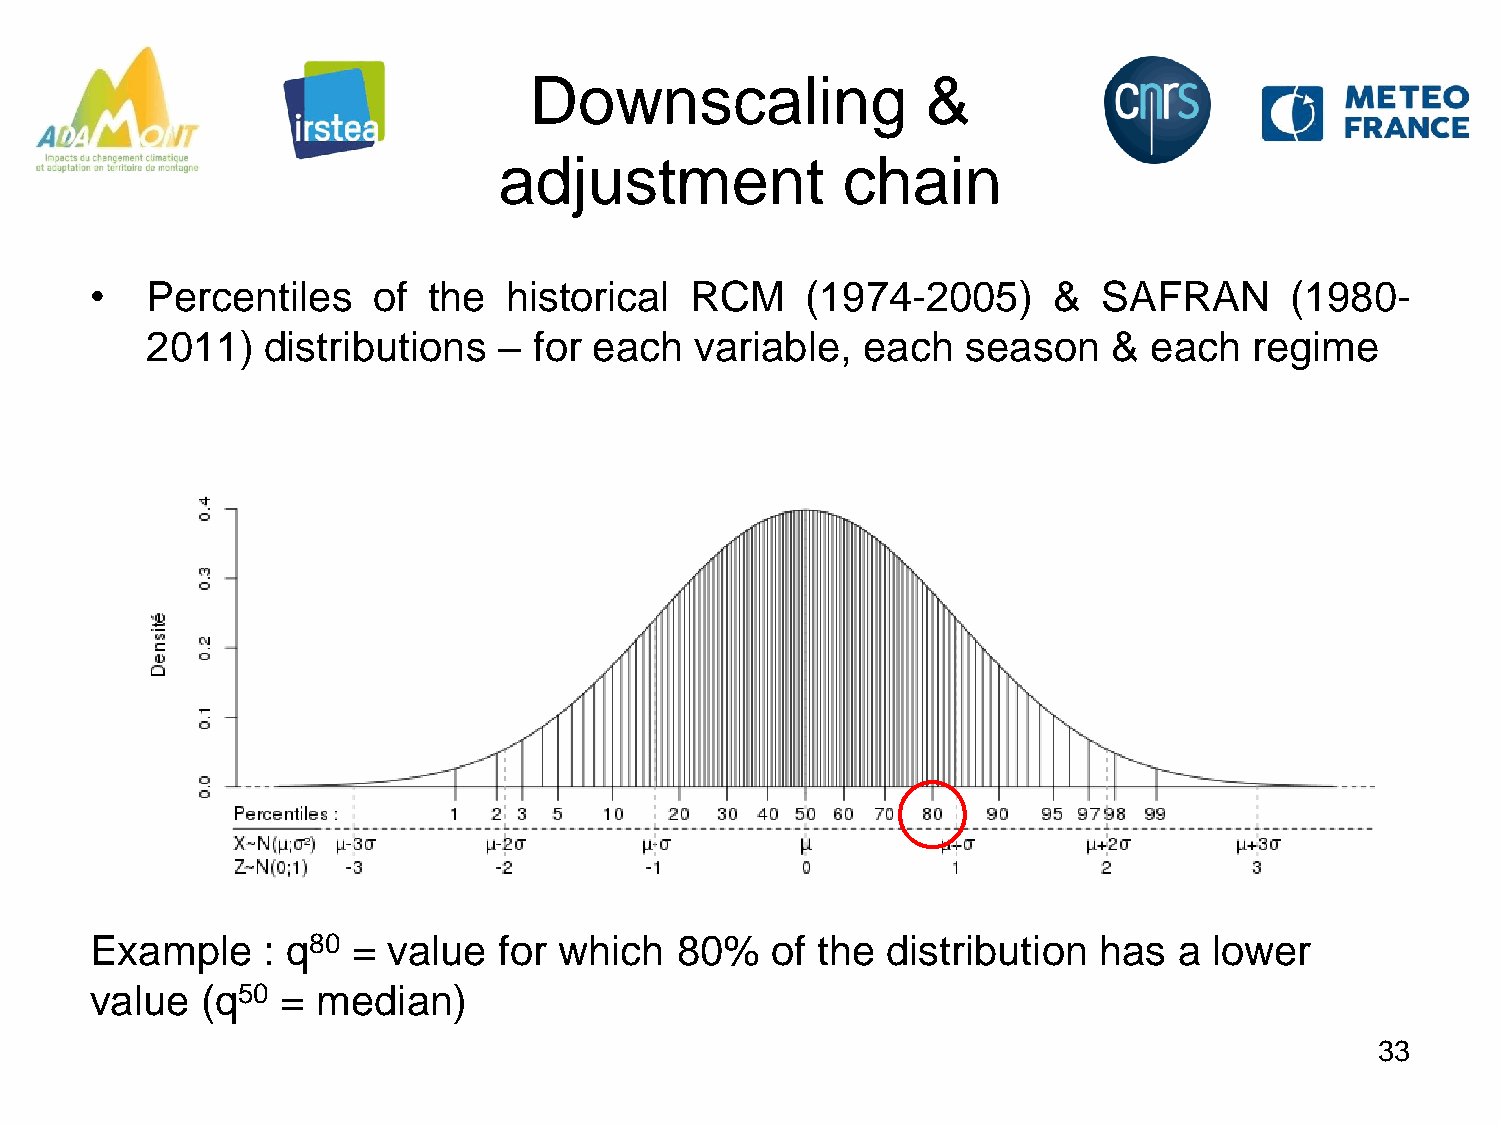
Downscaling               &
 adjustment             chain
 •   Percentiles    of the  historical   RCM    (1974-2005)      &  SAFRAN      (1980-
 2011)  distributions   – for each   variable,  each   season    & each   regime
 Example    : q80 =  value  for which   80%   of the  distribution  has  a lower
 value  (q50  = median)
 33